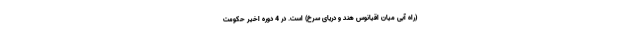
(راه آبی میان اقیانوس هند و دریای سرخ) است. در 4 دوره اخیر حکومت